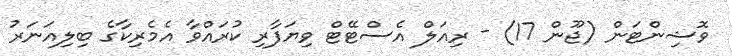
ވޮޝިންޓަން (ޖޫން 17) - ރިއަލް އެސްޓޭޓް ވިޔަފާރި ކުރައްވާ އެމެރިކާގެ ބިލިއަނަރު